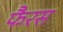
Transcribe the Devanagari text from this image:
फैरस